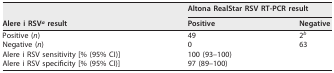
| <ROWSPAN=2> Alere i RSVa result | <COLSPAN=2> Altona RealStar RSV RT-PCR result |
 | Positive | Negative |
 | --- | --- | --- |
 | Positive (n) | 49 | 2b |
 | Negative (n) | 0 | 63 |
 | Alere i RSV sensitivity [% (95% CI)] | 100 (93–100) |  |
 | Alere i RSV specificity [% (95% CI)] | 97 (89–100) |  |